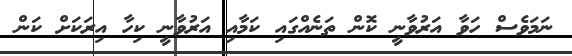
ނަމަވެސް ހަވާ އަރުވާނީ ކޮން ތަނެއްގައި ކަމާއި އަރުވާނީ ކިހާ އިރަކަށް ކަން